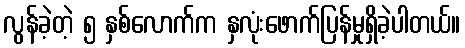
လွန်ခဲ့တဲ့ ၅ နှစ်လောက်က နှလုံးဖောက်ပြန်မှုရှိခဲ့ပါတယ်။